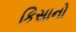
કિસાનો